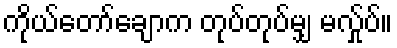
ကိုယ်တော်ချောက တုပ်တုပ်မျှ မလ်ှုပ်။